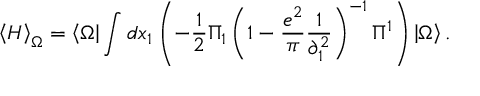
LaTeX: \left\langle H \right\rangle _ { \Omega } = \left\langle \Omega \right| \int { d x _ { 1 } } \left( { - \frac { 1 } { 2 } \Pi _ { 1 } \left( { 1 - \frac { { e ^ { 2 } } } { \pi } \frac { 1 } { { \partial _ { 1 } ^ { 2 } } } } \right) ^ { - 1 } \Pi ^ { 1 } } \right) \left| \Omega \right\rangle .